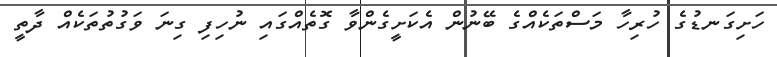
ހަށިގަނޑުގެ ހުރިހާ މަސްތަކެއްގެ ބޭނުން އެކަށީގެންވާ ގޮތެއްގައި ނުހިފި ގިނަ ވަގުތުތަކެއް ދާތީ